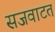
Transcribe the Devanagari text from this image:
सजवाटत